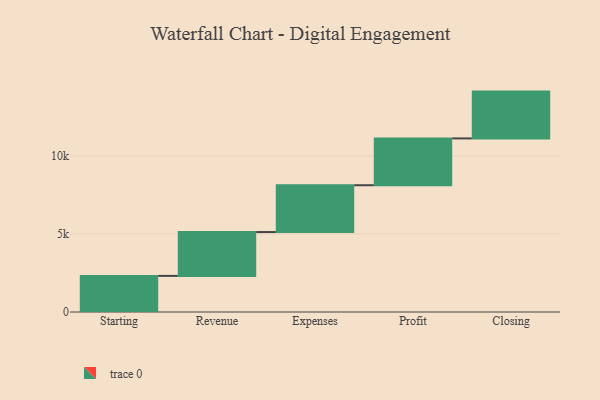
{"axis": {"x": "Step", "y": "Value"}, "legend": [""], "data": [{"x": "Starting", "y": 2315.0, "type": ""}, {"x": "Revenue", "y": 2809.0, "type": ""}, {"x": "Expenses", "y": 3000, "type": ""}, {"x": "Profit", "y": 3000, "type": ""}, {"x": "Closing", "y": 3000, "type": ""}]}